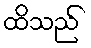
ထိသည်